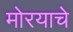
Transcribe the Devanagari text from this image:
मोरयाचे